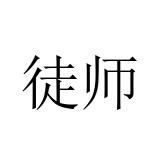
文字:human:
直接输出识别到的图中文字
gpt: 徒师